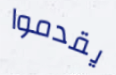
يقدموا